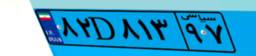
۲۶D۳۹۱۲۰